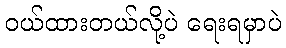
ဝယ်ထားတယ်လို့ပဲ ရေးရမှာပဲ